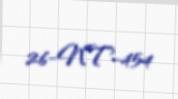
26-NT-454